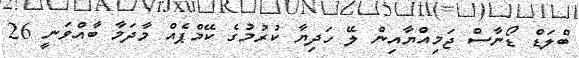
ބްލަޑް ޑޯނާސް ޖަމިއްޔާއިން ލޭ ހަދިޔާ ކުރުމުގެ ކޭމްޕެއް މާދަމާ ބާއްވަނީ 26